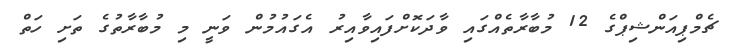
ޗެމްޕިއަންޝިޕްގެ 12 މުބާރާތެއްގައި ވާދަކޮށްފައިވާއިރު އެގައުމުން ވަނީ މި މުބާރާތުގެ ތަށި ހަތް